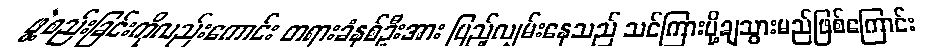
ဖွဲ့စည်းခြင်းကိုလည်းကောင်း တရားခံနှစ်ဦးအား ပြည့်လျှမ်းနေသည် သင်ကြားပို့ချသွားမည်ဖြစ်ကြောင်း